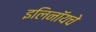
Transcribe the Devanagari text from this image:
इलिनॉयचे